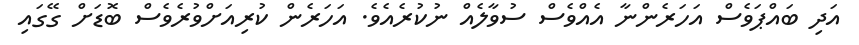
އަދި ބައްޕަވެސް އަހަރެންނާ އެއްވެސް ސުވާލެއް ނުކުރެއެވެ. އަހަރެން ކުރިއަށްވުރެވެސް ބޮޑަށް ގޭގައި